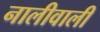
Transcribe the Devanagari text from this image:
नालीवाली